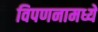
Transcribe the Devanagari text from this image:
विपणनामध्ये